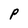
Character: P